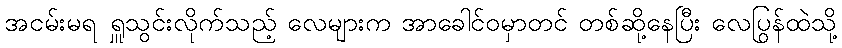
အငမ်းမရ ရှူသွင်းလိုက်သည့် လေများက အာခေါင်ဝမှာတင် တစ်ဆို့နေပြီး လေပြွန်ထဲသို့